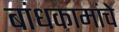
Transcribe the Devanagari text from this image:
बांधकामांचे